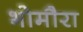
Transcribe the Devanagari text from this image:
भोमौरा